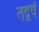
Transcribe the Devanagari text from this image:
तद्वर्षं